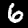
Digit: 6